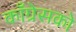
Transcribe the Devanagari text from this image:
काँग्रेसको